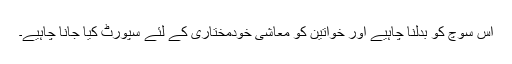
اس سوچ کو بدلنا چاہیے اور خواتین کو معاشی خودمختاری کے لئے سپورٹ کیا جانا چاہیے۔